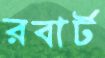
রবার্ট